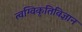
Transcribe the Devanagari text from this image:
त्वग्विकृतिविज्ञान